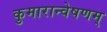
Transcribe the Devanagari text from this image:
कुमारान्वेषणम्